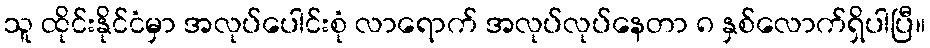
သူ ထိုင်းနိုင်ငံမှာ အလုပ်ပေါင်းစုံ လာရောက် အလုပ်လုပ်နေတာ ၈ နှစ်လောက်ရှိပါပြီ။